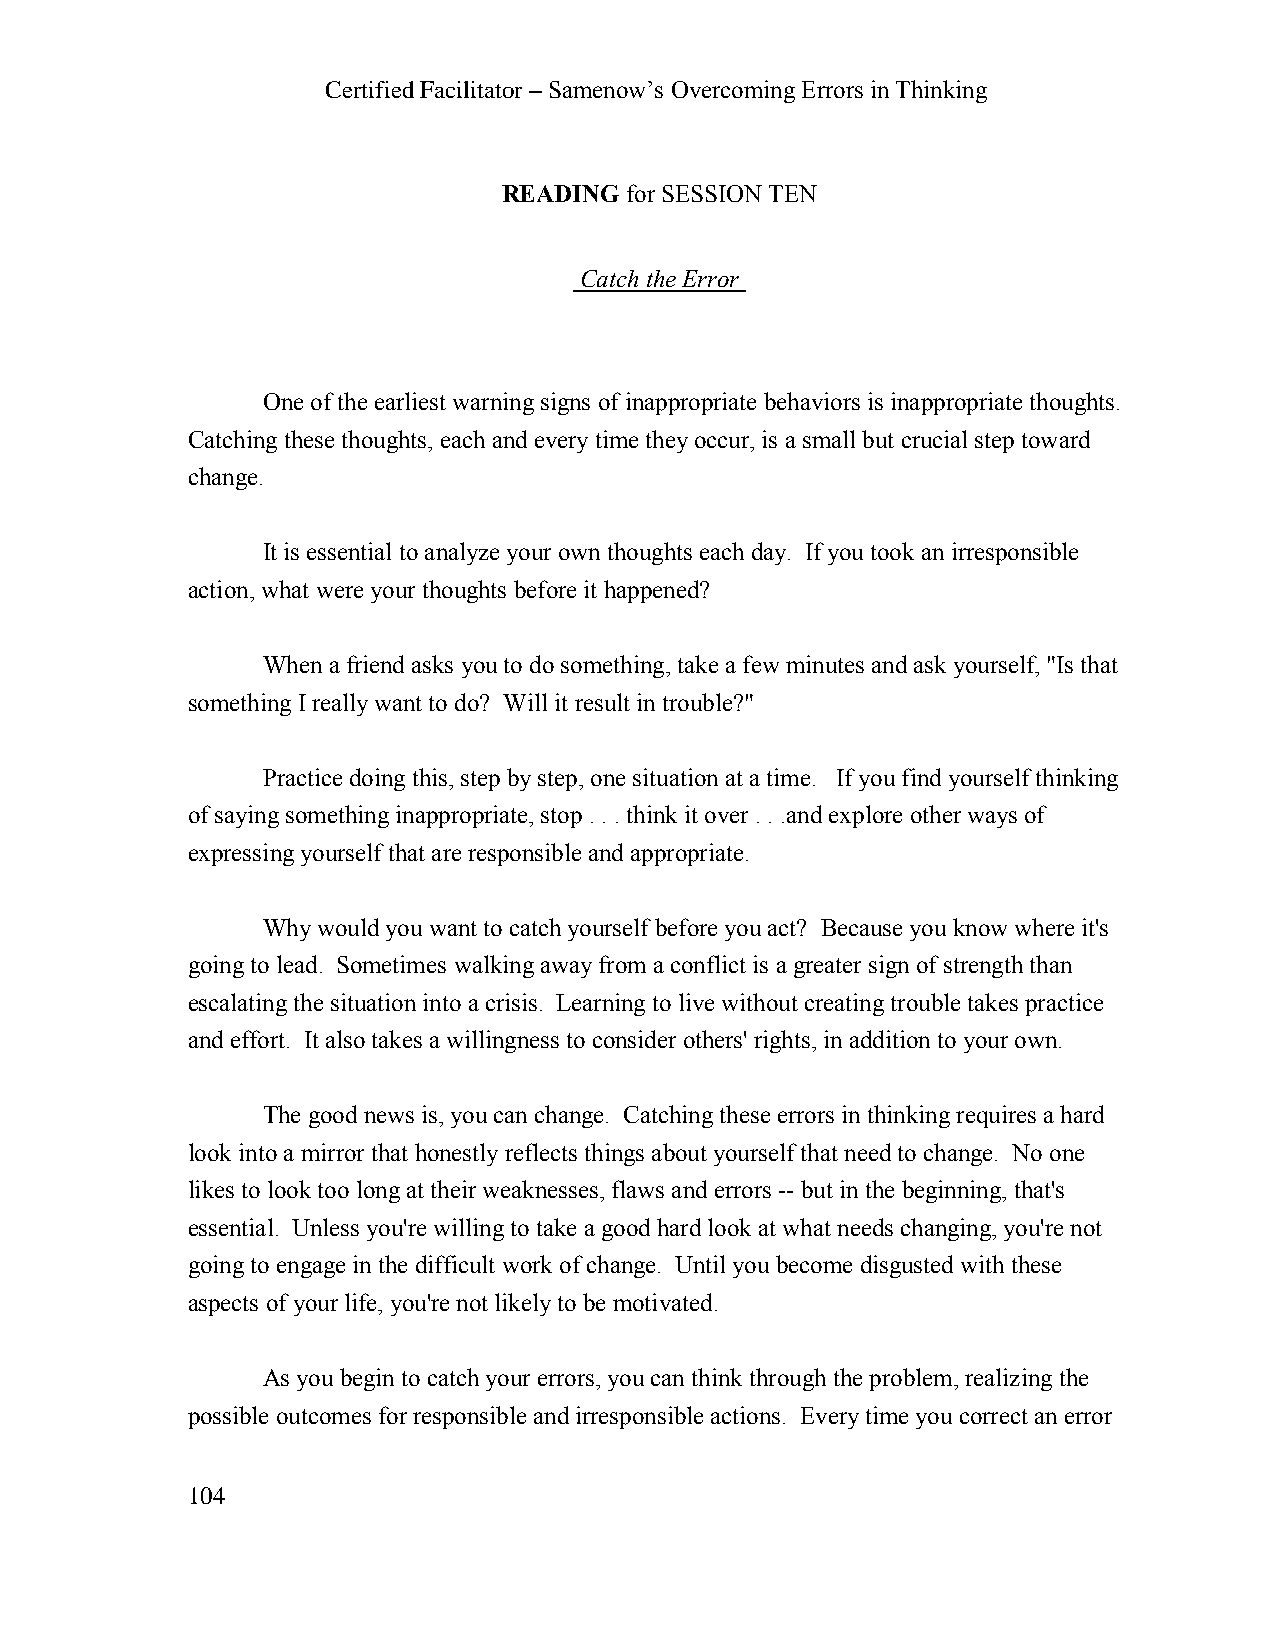
Certified Facilitator – Samenow’s Overcoming Errors in Thinking
 READING for SESSION TEN
 Catch the Error
 One of the earliest warning signs of inappropriate behaviors is inappropriate thoughts.
 Catching these thoughts, each and every time they occur, is a small but crucial step toward
 change.
 It is essential to analyze your own thoughts each day. If you took an irresponsible
 action, what were your thoughts before it happened?
 When a friend asks you to do something, take a few minutes and ask yourself, "Is that
 something I really want to do? Will it result in trouble?"
 Practice doing this, step by step, one situation at a time. If you find yourself thinking
 of saying something inappropriate, stop . . . think it over . . .and explore other ways of
 expressing yourself that are responsible and appropriate.
 Why would you want to catch yourself before you act? Because you know where it's
 going to lead. Sometimes walking away from a conflict is a greater sign of strength than
 escalating the situation into a crisis. Learning to live without creating trouble takes practice
 and effort. It also takes a willingness to consider others' rights, in addition to your own.
 The good news is, you can change. Catching these errors in thinking requires a hard
 look into a mirror that honestly reflects things about yourself that need to change. No one
 likes to look too long at their weaknesses, flaws and errors -- but in the beginning, that's
 essential. Unless you're willing to take a good hard look at what needs changing, you're not
 going to engage in the difficult work of change. Until you become disgusted with these
 aspects of your life, you're not likely to be motivated.
 As you begin to catch your errors, you can think through the problem, realizing the
 possible outcomes for responsible and irresponsible actions. Every time you correct an error
 104